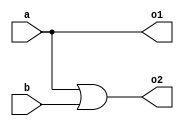
module Ror (
  input a,
  input b,
  output o1,
  output o2
);
  assign o1 = a;
  assign o2 = a|b;
endmodule